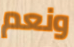
ونعم